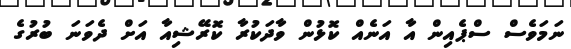
ނަމަވެސް ސްޕެއިން އާ އަނެއް ކޮޅުން ވާދަކުރާ ކޮރޭޝިއާ އަށް ދެވަނަ ބުރުގެ